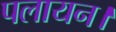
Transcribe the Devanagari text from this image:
पलायन।